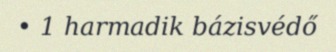
• 1 harmadik bázisvédő